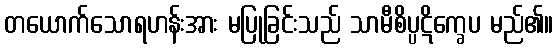
တယောက်သောရဟန်းအား မပြုခြင်းသည် သာမီစိပ္ပဋိက္ခေပ မည်၏။